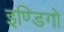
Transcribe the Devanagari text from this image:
इण्डिगो